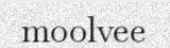
moolvee